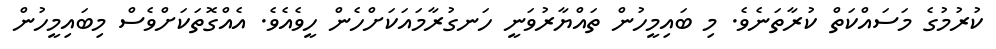
ކުރުމުގެ މަސައްކަތް ކުރާތަނެވެ. މި ބައިމީހުން ތައްޔާރުވަނީ ހަނގުރާމައަކަށްހެން ހީވެއެވެ. އެއްގޮތަކަށްވެސް މިބައިމީހުން